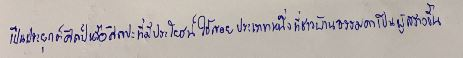
เป็นประยุกต์ศิลป์หรือศิลปะที่มีประโยชน์ใช้สอยประเภทหนึ่งที่ชาวบ้านธรรมดาเป็นผู้สร้างขึ้น